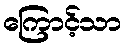
ကြောင့်သာ